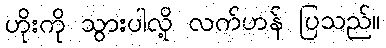
ဟိုးကို သွားပါလို့ လက်ဟန် ပြသည်။